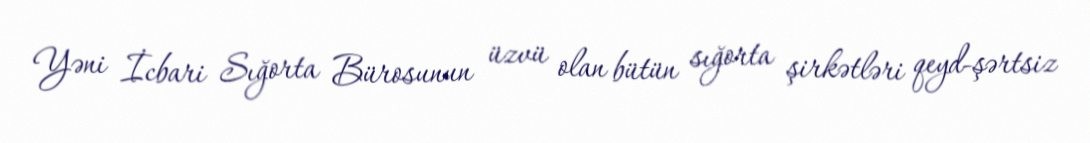
Yəni İcbari Sığorta Bürosunun üzvü olan bütün sığorta şirkətləri qeyd-şərtsiz